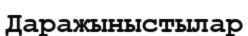
Даражыныстылар